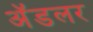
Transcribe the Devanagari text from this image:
अॅडलर